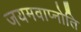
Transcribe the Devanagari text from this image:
जयमवाप्नोति